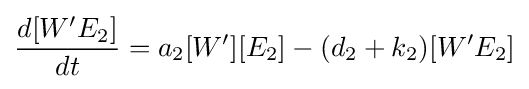
{\frac {d[W'E_{2}]}{dt}}=a_{2}[W'][E_{2}]-(d_{2}+k_{2})[W'E_{2}]